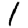
Digit: 1